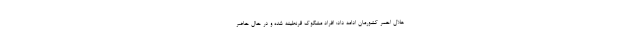
هلال احمر کشورمان ادامه داد:‌ افراد مشکوک قرنطینه شده و در حال حاضر